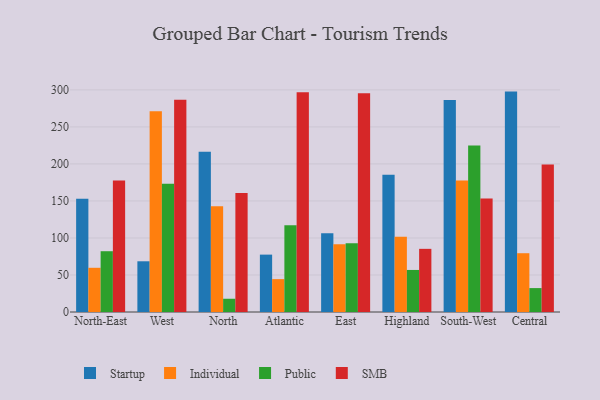
{"axis": {"x": "Region", "y": "Market Share (%)"}, "legend": ["Individual", "Public", "SMB", "Startup"], "data": [{"x": "North-East", "y": 152.9, "type": "Startup"}, {"x": "North-East", "y": 59.7, "type": "Individual"}, {"x": "North-East", "y": 82.1, "type": "Public"}, {"x": "North-East", "y": 177.7, "type": "SMB"}, {"x": "West", "y": 68.5, "type": "Startup"}, {"x": "West", "y": 271.2, "type": "Individual"}, {"x": "West", "y": 173.2, "type": "Public"}, {"x": "West", "y": 286.6, "type": "SMB"}, {"x": "North", "y": 216.3, "type": "Startup"}, {"x": "North", "y": 142.9, "type": "Individual"}, {"x": "North", "y": 17.9, "type": "Public"}, {"x": "North", "y": 160.6, "type": "SMB"}, {"x": "Atlantic", "y": 77.5, "type": "Startup"}, {"x": "Atlantic", "y": 44.4, "type": "Individual"}, {"x": "Atlantic", "y": 117.3, "type": "Public"}, {"x": "Atlantic", "y": 296.7, "type": "SMB"}, {"x": "East", "y": 106.5, "type": "Startup"}, {"x": "East", "y": 91.6, "type": "Individual"}, {"x": "East", "y": 92.9, "type": "Public"}, {"x": "East", "y": 295.6, "type": "SMB"}, {"x": "Highland", "y": 185.5, "type": "Startup"}, {"x": "Highland", "y": 101.7, "type": "Individual"}, {"x": "Highland", "y": 56.8, "type": "Public"}, {"x": "Highland", "y": 85.3, "type": "SMB"}, {"x": "South-West", "y": 286.3, "type": "Startup"}, {"x": "South-West", "y": 177.7, "type": "Individual"}, {"x": "South-West", "y": 224.8, "type": "Public"}, {"x": "South-West", "y": 153.3, "type": "SMB"}, {"x": "Central", "y": 297.7, "type": "Startup"}, {"x": "Central", "y": 79.4, "type": "Individual"}, {"x": "Central", "y": 32.3, "type": "Public"}, {"x": "Central", "y": 199.3, "type": "SMB"}]}